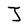
Character: J